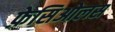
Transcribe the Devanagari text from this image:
फ़ेसिओलस